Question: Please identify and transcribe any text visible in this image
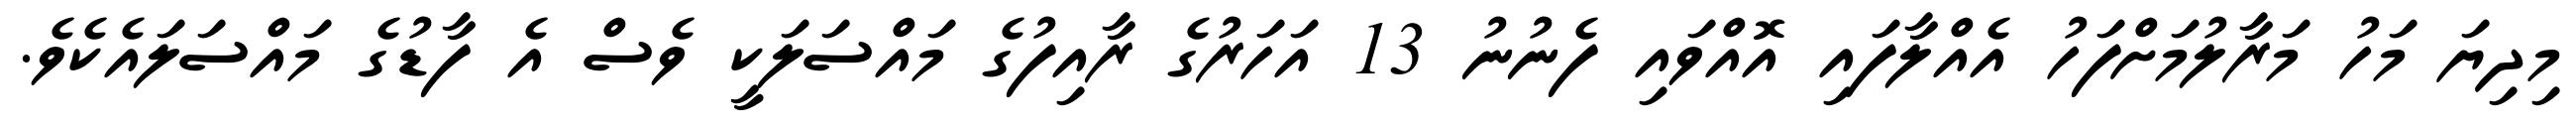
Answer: މިދިޔަ މަހު މަރާލުމަށްފަހު އެއްލާފައި އޮއްވައި ފެނުނު 13 އަހަރުގެ ރާއިފުގެ މައްސަލަކީ ވެސް އެ ފާޑުގެ މައްސަލައެކެވެ.